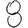
Digit: 8